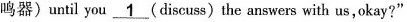
鸣器)until you___1(discuss) the answers with us,okay?"